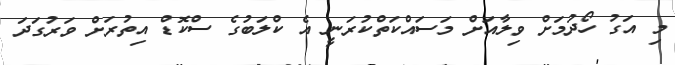
މި އަގު ހޯދުމަށް ވިލާއަށް މަސައްކަތްކުރަނީ އެ ކްލަބުގެ ސްކޮޑް އިތުރަށް ވަރުގަދަ